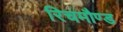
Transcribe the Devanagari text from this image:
रिचमौण्ड